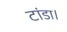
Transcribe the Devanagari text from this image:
टांडा।